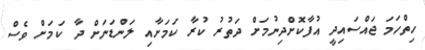
ހިތްހަމަ ޖައްސައިދީ އުފާކޮށްދިނުމަށް ދަތުރު ކުރާ ކަމަށާއި ލަންޑަނަށް ދާ ކަމަށް ވެސް